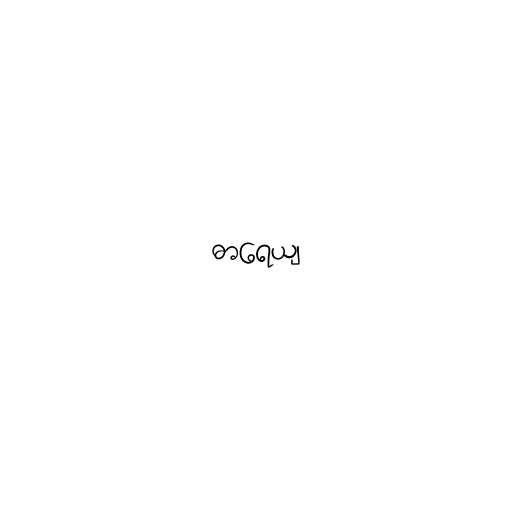
ဓာရေယျ